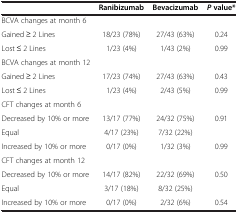
|  | Ranibizumab | Bevacizumab | P value* |
 | --- | --- | --- | --- |
 | BCVA changes at month 6 |  |  |  |
 | Gained ≥ 2 Lines | 18/23 (78%) | 27/43 (63%) | 0.24 |
 | Lost ≤ 2 Lines | 1/23 (4%) | 1/43 (2%) | 0.99 |
 | BCVA changes at month 12 |  |  |  |
 | Gained ≥ 2 Lines | 17/23 (74%) | 27/43 (63%) | 0.43 |
 | Lost ≤ 2 Lines | 1/23 (4%) | 2/43 (5%) | 0.99 |
 | CFT changes at month 6 |  |  |  |
 | Decreased by 10% or more | 13/17 (77%) | 24/32 (75%) | 0.91 |
 | Equal | 4/17 (23%) | 7/32 (22%) |  |
 | Increased by 10% or more | 0/17 (0%) | 1/32 (3%) | 0.99 |
 | CFT changes at month 12 |  |  |  |
 | Decreased by 10% or more | 14/17 (82%) | 22/32 (69%) | 0.50 |
 | Equal | 3/17 (18%) | 8/32 (25%) |  |
 | Increased by 10% or more | 0/17 (0%) | 2/32 (6%) | 0.54 |